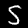
Digit: 5